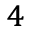
^ 4